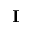
\textbf { I }